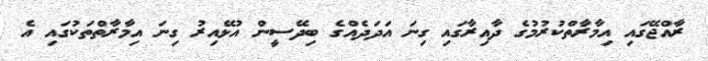
ރާއްޖޭގައި އިމާރާތްކުރުމުގެ ދާއިރާގައި ގިނަ އަދަދެއްގެ ބިދޭސީން އުޅޭއިރު ގިނަ އިމާރާތްތަކުގައި އެ